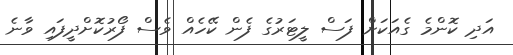
އަދި ކޮންމެ ގެއަކަށް ފަސް ލީޓަރުގެ ފެން ކޭހެއް ވެސް ފޯރުކޮށްދީފައި ވާނެ